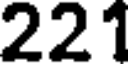
221